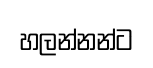
හලන්නන්ට